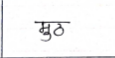
मजकूर: मुठ